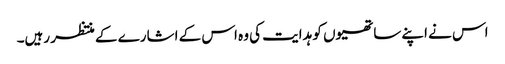
اس نے اپنے ساتھیوں کو ہدایت کی وہ اس کے اشارے کے منتظر رہیں۔